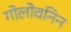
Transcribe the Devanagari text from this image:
गोलोवनिन